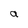
Character: a